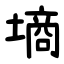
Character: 墒